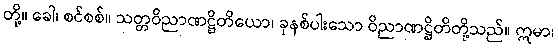
တို့။ ခေါ၊ စင်စစ်။ သတ္တဝိညာဏဋ္ဌိတိယော၊ ခုနစ်ပါးသော ဝိညာဏဋ္ဌိတိတို့သည်။ ဣမာ၊